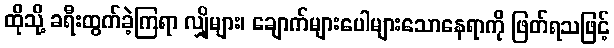
ထိုသို့ ခရီးထွက်ခဲ့ကြရာ လျှိုများ၊ ချောက်များပေါများသောနေရာကို ဖြတ်ရသဖြင့်